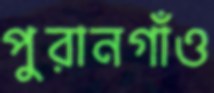
পুরানগাঁও